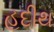
હદીથ